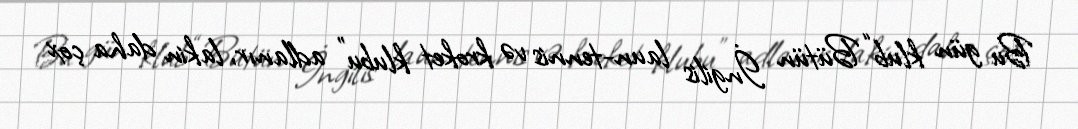
Bu gün klub “Bütün İngilis laun-tennis və kroket klubu” adlanır, lakin daha çox